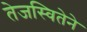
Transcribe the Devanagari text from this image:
तेजस्वितेने